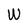
Character: W